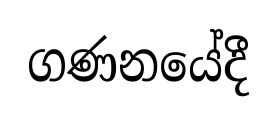
ගණනයේදී